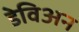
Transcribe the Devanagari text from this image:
डेविअन